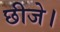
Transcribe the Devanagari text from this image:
छीजे।